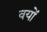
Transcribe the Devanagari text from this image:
वयों